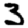
Digit: 3